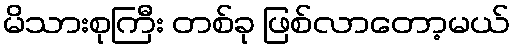
မိသားစုကြီး တစ်ခု ဖြစ်လာတော့မယ်